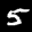
Label: 5